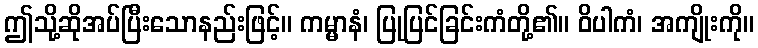
ဤသို့ဆိုအပ်ပြီးသောနည်းဖြင့်။ ကမ္မာနံ၊ ပြုပြင်ခြင်းကံတို့၏။ ဝိပါကံ၊ အကျိုးကို။